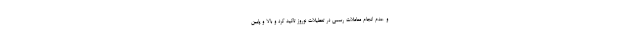
و عدم انجام معاملات رسمی در تعطیلات نوروز تاکید کرد و بالا و پایین